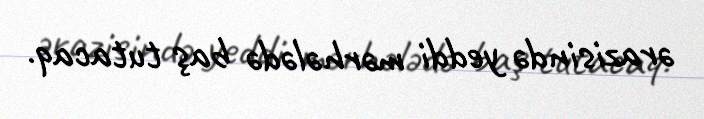
ərazisində yeddi mərhələdə baş tutacaq.